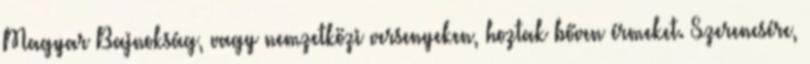
Magyar Bajnokság, vagy nemzetközi versenyeken, hoztak bőven érmeket. Szerencsére,